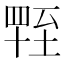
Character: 𦥁